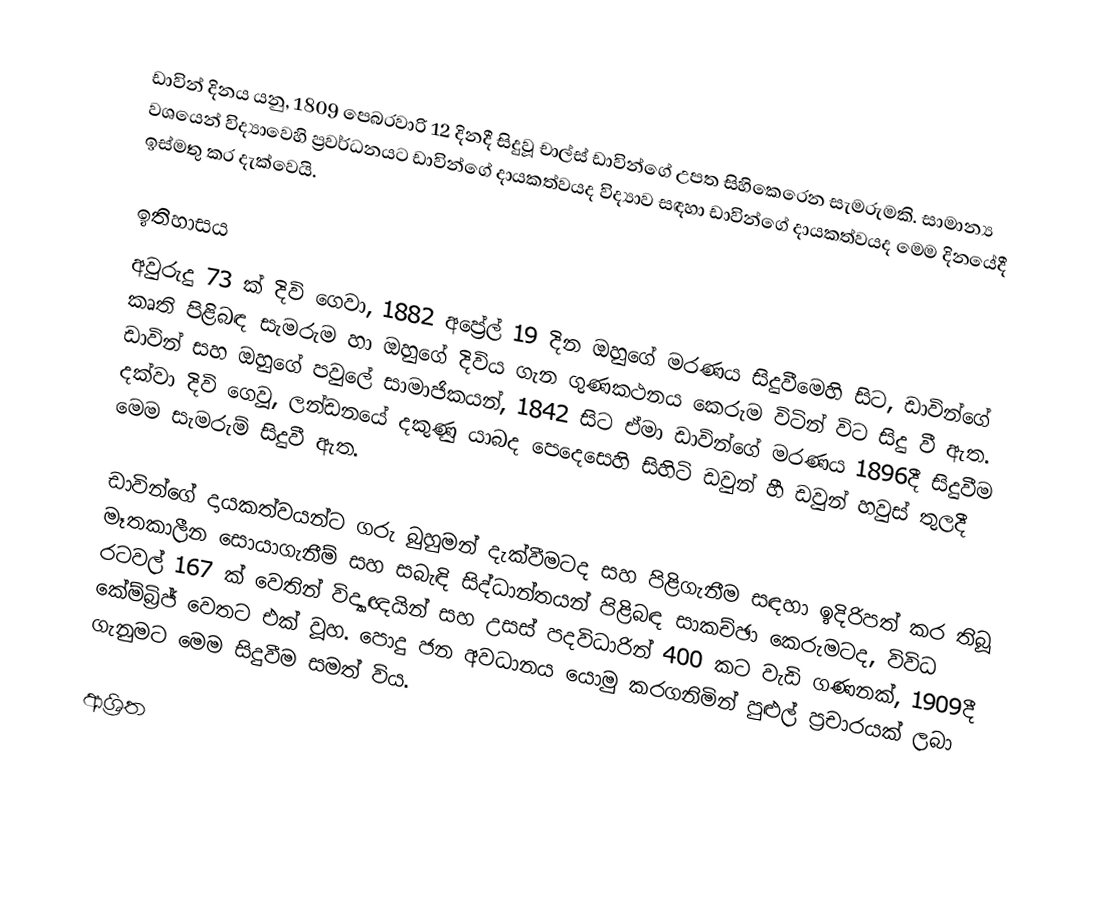
ඩාවින් දිනය යනු, 1809 පෙබරවාරි 12 දිනදී සිදුවූ චාල්ස් ඩාවින්ගේ උපත  සිහිකෙරෙන සැමරුමකි. සාමාන්‍ය වශයෙන් විද්‍යාවෙහි ප්‍රවර්ධනයට ඩාවින්ගේ දායකත්වයද විද්‍යාව සඳහා ඩාවින්ගේ දායකත්වයද මෙම දිනයේදී ඉස්මතු කර දැක්වෙයි.

ඉතිහාසය
අවුරුදු 73 ක් දිවි ගෙවා, 1882 අප්‍රේල් 19 දින ඔහුගේ මරණය සිදුවීමෙහි සිට, ඩාවින්ගේ කෘති පිළිබඳ සැමරුම හා ඔහුගේ දිවිය ගැන ගුණකථනය කෙරුම විටින් විට සිදු වී ඇත. ඩාවින් සහ ඔහුගේ පවුලේ සාමාජිකයන්, 1842 සිට ඒමා ඩාවින්ගේ මරණය 1896දී සිදුවීම දක්වා දිවි ගෙවූ, ලන්ඩනයේ දකුණු යාබද පෙදෙසෙහි සිහිටි ඩවුන් හී ඩවුන් හවුස් තුලදී මෙම සැමරුම් සිදුවී ඇත.

ඩාවින්ගේ දායකත්වයන්ට ගරු බුහුමන් දැක්වීමටද සහ පිළිගැනීම සඳහා ඉදිරිපත් කර තිබූ මෑතකාලීන සොයාගැනීම් සහ සබැඳි සිද්ධාන්තයන් පිළිබඳ සාකච්ඡා කෙරුමටද, විවිධ රටවල් 167 ක් වෙතින් විද්‍යාඥයින් සහ උසස් පදවිධාරින් 400 කට වැඩි ගණනක්, 1909දී කේම්බ්‍රිජ් වෙතට එක් වූහ. පොදු ජන අවධානය යොමු කරගනිමින් පුළුල් ප්‍රචාරයක් ලබා ගැනුමට මෙම සිදුවීම සමත් විය.

ආශ්‍රිත